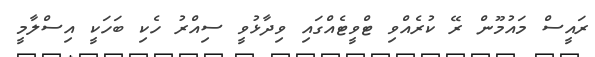
ރައީސް މައުމޫން ރޭ ކުރެއްވި ޓްވީޓެއްގައި ވިދާޅުވީ ސިއްރު ހެކި ބަހަކީ އިސްލާމީ